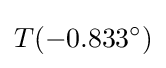
T(-0.833^{\circ })